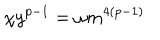
LaTeX: \chi y ^ { p - 1 } = \omega m ^ { 4 ( p - 1 ) }